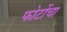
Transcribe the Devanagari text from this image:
फोटोंचा